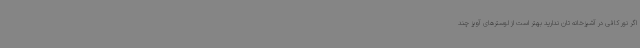
اگر نور کافی در آشپزخانه تان ندارید بهتر است از لوسترهای آویز چند